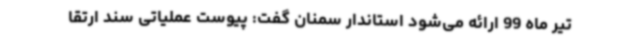
تیر ماه 99 ارائه می‌شود استاندار سمنان گفت: پیوست عملیاتی سند ارتقا